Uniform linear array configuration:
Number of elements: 8
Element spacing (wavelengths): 1
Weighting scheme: hann
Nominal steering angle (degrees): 30
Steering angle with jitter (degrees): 31.466
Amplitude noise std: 0.05
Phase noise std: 0.05

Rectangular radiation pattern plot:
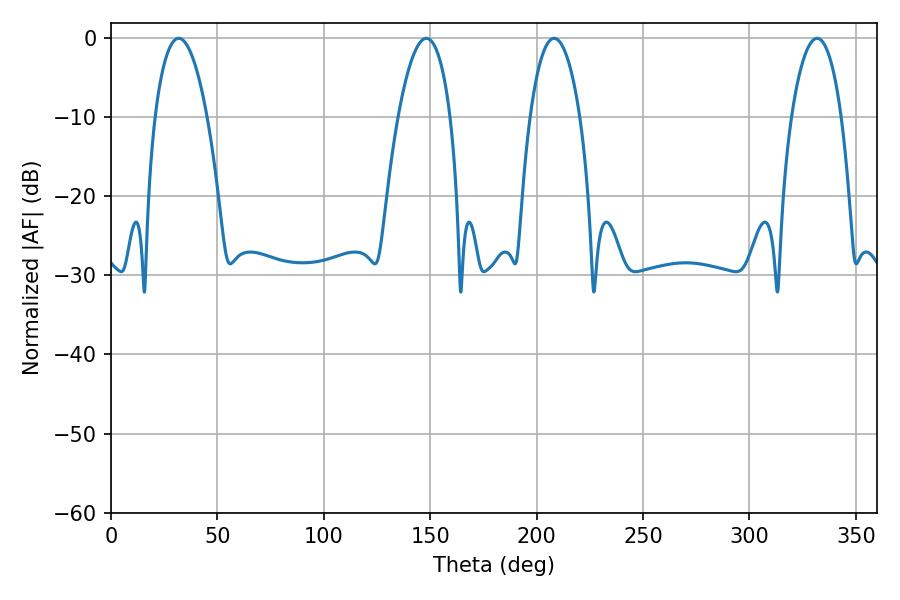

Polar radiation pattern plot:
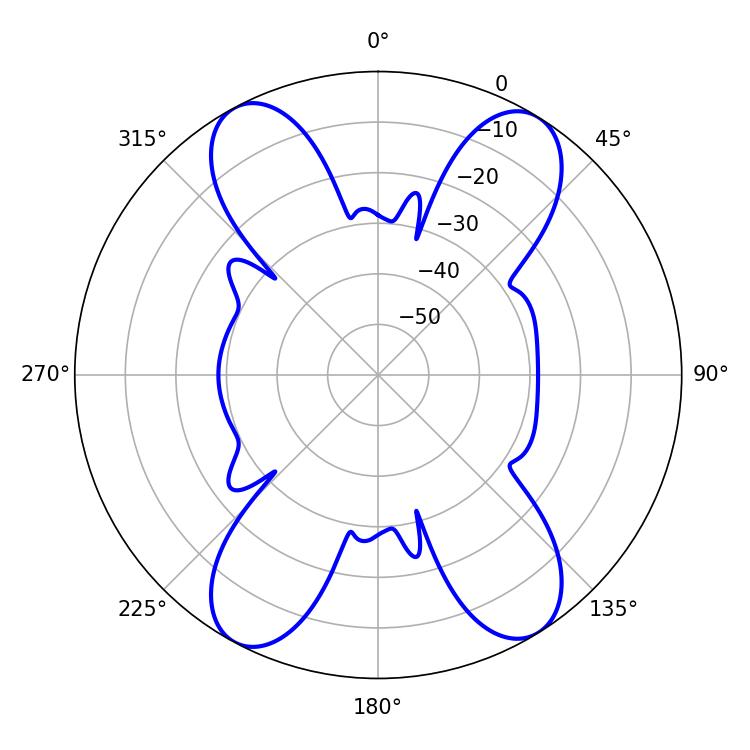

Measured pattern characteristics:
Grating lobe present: TRUE
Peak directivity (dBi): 16.936
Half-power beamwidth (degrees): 13.68
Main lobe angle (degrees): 148.14